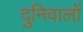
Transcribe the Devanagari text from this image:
दुनिवालों